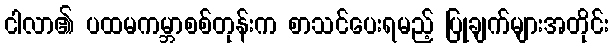
ငါလာ၏ ပထမကမ္ဘာစစ်တုန်းက စာသင်ပေးရမည့် ပြုချက်များအတိုင်း